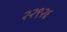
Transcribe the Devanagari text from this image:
२२९२६